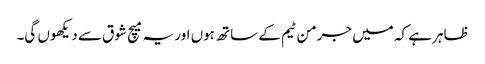
ظاہر ہے کہ میں جرمن ٹیم کے ساتھ ہوں اور یہ میچ شوق سے دیکھوں گی۔